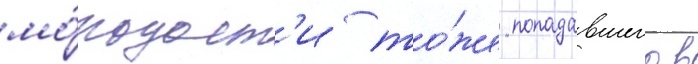
мо́лодост'и то́же попадавшего в